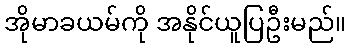
အိုမာခယမ်ကို အနိုင်ယူပြဦးမည်။